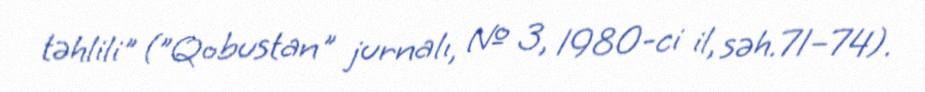
təhlili" ("Qobustan" jurnalı, № 3, 1980-ci il, səh.71–74).